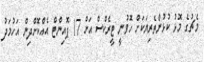
މެޗުގެ މޮޅު ކުޅުންތެރިޔަކަށް ހޮވުނީ ޓީރެކްސް އަށް 17 ޕޮއިންޓް އެއްކޮށްދިން އަހުމަދު